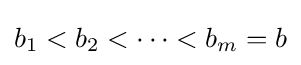
b_{1}<b_{2}<\cdots <b_{m}=b